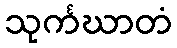
သုင်္ကဃာတံ